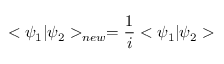
< \psi _ { 1 } | \psi _ { 2 } > _ { n e w } = \frac { 1 } { i } < \psi _ { 1 } | \psi _ { 2 } >